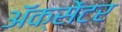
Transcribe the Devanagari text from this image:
ॲक्सेंटर